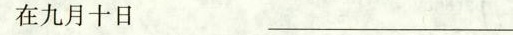
在九月十日_________